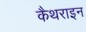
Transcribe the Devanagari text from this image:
कैथराइन